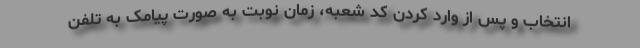
انتخاب و پس از وارد کردن کد شعبه، زمان نوبت به صورت پیامک به تلفن